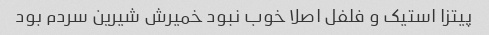
پیتزا استیک و فلفل اصلا خوب نبود خمیرش شیرین سردم بود